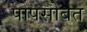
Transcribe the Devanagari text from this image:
पोपसोबत